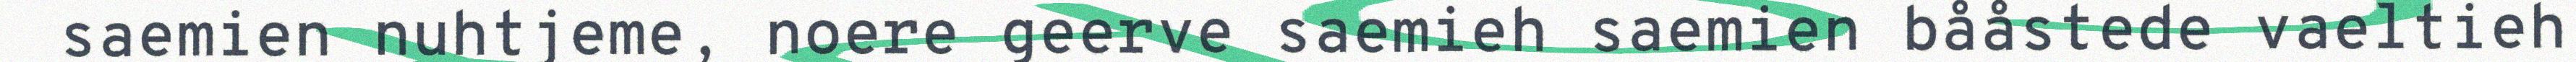
saemien nuhtjeme, noere geerve saemieh saemien bååstede vaeltieh